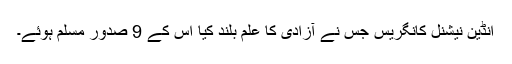
انڈین نیشنل کانگریس جس نے آزادی کا علم بلند کیا اس کے 9 صدور مسلم ہوئے۔